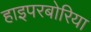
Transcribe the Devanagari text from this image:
हाइपरबोरिया